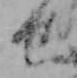
せ